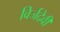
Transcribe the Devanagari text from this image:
विर्जदेवी